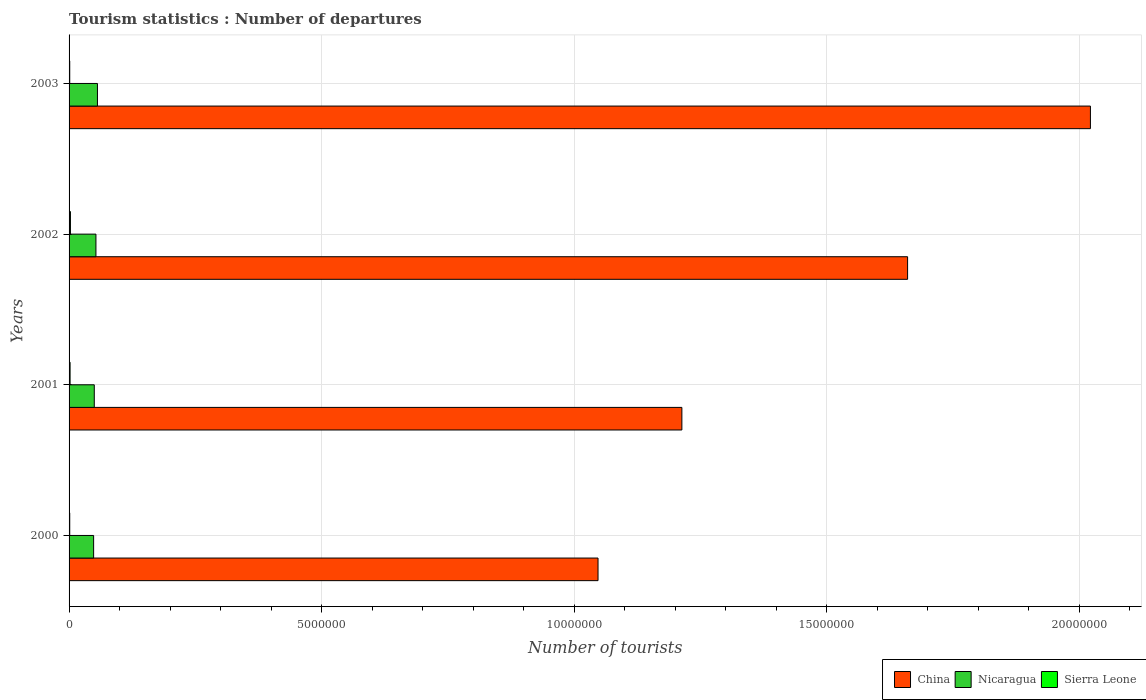
| Years | China | Nicaragua | Sierra Leone |
 | --- | --- | --- | --- |
 | 2000 | 1.05e+07 | 4.86e+05 | 1.3e+04 |
 | 2001 | 1.21e+07 | 4.99e+05 | 2e+04 |
 | 2002 | 1.66e+07 | 5.32e+05 | 2.7e+04 |
 | 2003 | 2.02e+07 | 5.62e+05 | 1.3e+04 |